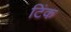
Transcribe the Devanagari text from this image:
टिंक